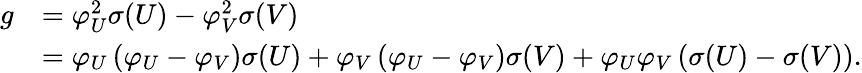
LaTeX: \begin{array}{rl}{g}&{=\varphi_{U}^{2}\sigma(U)-\varphi_{V}^{2}\sigma(V)}\\ &{=\varphi_{U}\left(\varphi_{U}-\varphi_{V}\right)\sigma(U)+\varphi_{V}\left(\varphi_{U}-\varphi_{V}\right)\sigma(V)+\varphi_{U}\varphi_{V}\left(\sigma(U)-\sigma(V)\right).}\end{array}